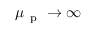
\mu _ { \mathrm { ~ p ~ } } \to \infty